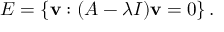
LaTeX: E = \left\{ \mathbf { v } : ( A - \lambda I ) \mathbf { v } = 0 \right\} .